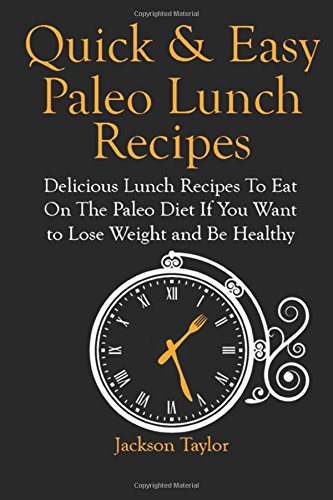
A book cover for Quick and Easy Paleo Lunch Recipes: Delicious Lunch Recipes To Eat On The Paleo Diet If You Want to Lose Weight and Be Healthy; Jackson Taylor; Cookbooks, Food & Wine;